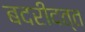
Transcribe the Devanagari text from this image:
बदरीदत्त